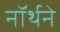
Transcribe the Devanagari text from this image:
नॉर्थने